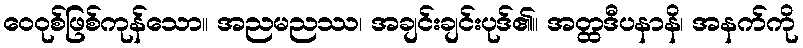
ဝေဝုစ်ဖြစ်ကုန်သော။ အညမညဿ၊ အချင်းချင်းပုဒ်၏။ အတ္ထဒီပနာနိ၊ အနက်ကို